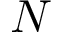
N